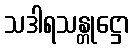
သဒါရသန္တုဋ္ဌော